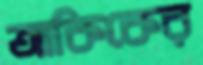
আকিকের